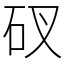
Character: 䂘